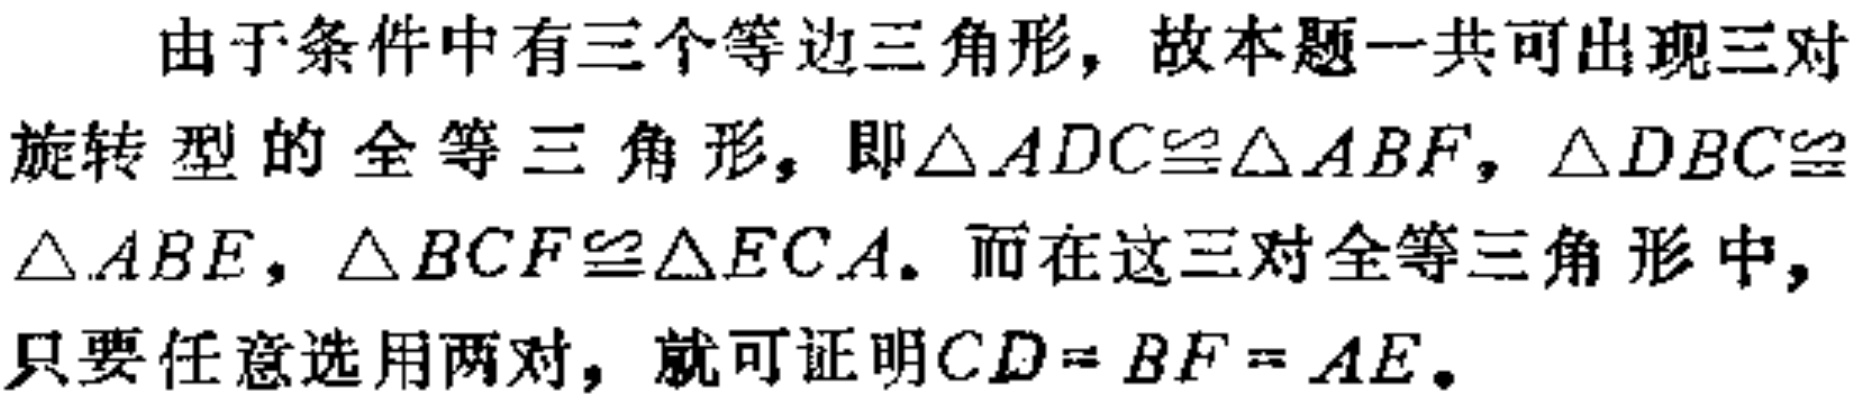
由于条件中有三个等边三角形，故本题一共可出现三对

旋转型的全等三角形，即$\triangle ADC\cong\triangle ABF$，$\triangle DBC\cong$

$\triangle ABE$，$\triangle BCF\cong\triangle ECA$. 而在这三对全等三角形中，

只要任意选用两对，就可证明$CD = BF = AE$.